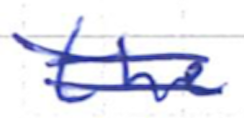
Text: the
Cross-out: double-line
Writing tool: ballpoint